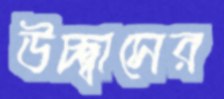
উচ্ছ্বাসের